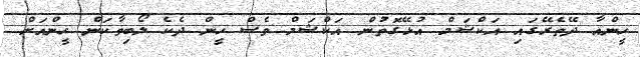
ހީންއާ ދޭތެރޭގައި އަކްޝަމް އުޅޭގޮތުން އަކްޝަމް ވެސް ހީން ދެެކެ ލޯބިވާކަން ހީންއަށް